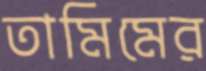
তামিমের